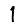
Digit: 1